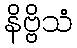
နိဗ္ဗိသံ